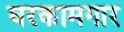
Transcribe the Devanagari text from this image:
घरकामगार